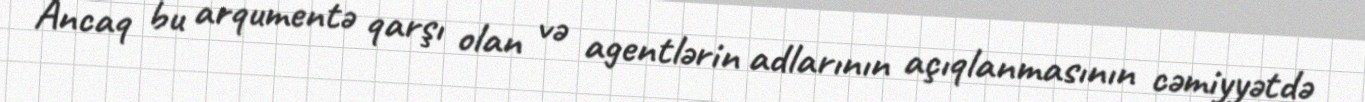
Ancaq bu arqumentə qarşı olan və agentlərin adlarının açıqlanmasının cəmiyyətdə